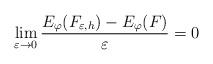
LaTeX: \begin{align*} \lim_{\varepsilon \to 0} \frac{E_\varphi(F_{\varepsilon,h}) - E_\varphi(F)}{\varepsilon} = 0 \end{align*}